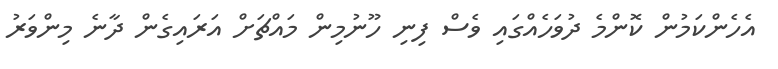
އެހެންކަމުން ކޮންމެ ދުވަހެއްގައި ވެސް ފިނި ހޫނުމިން މައްޗަށް އަރައިގެން ދާނެ މިންވަރު